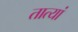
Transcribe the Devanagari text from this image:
तात्यां